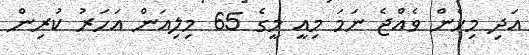
އަދި މިހެން ވެއްޖެ ނަމަ މިއީ މީގެ 65 މިލިއަން އަހަރު ކުރިން